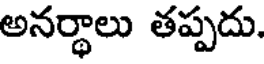
అనర్థాలు తప్పదు.